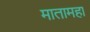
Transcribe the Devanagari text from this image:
मातामहा